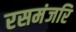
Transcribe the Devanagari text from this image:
रसमंजरि